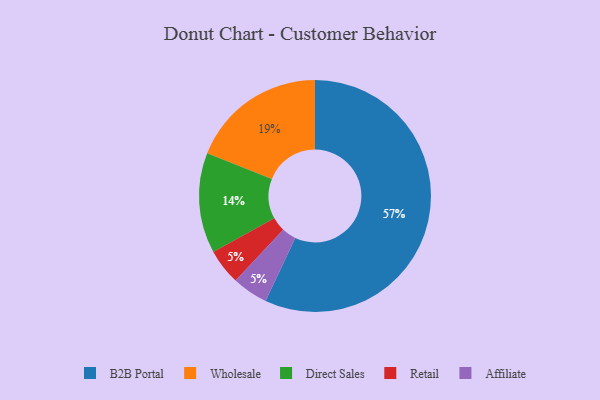
{"axis": {"x": "Category", "y": "Percentage"}, "legend": ["Affiliate", "B2B Portal", "Direct Sales", "Retail", "Wholesale"], "data": [{"x": "Wholesale", "y": 19, "type": "Wholesale"}, {"x": "Retail", "y": 5, "type": "Retail"}, {"x": "B2B Portal", "y": 57, "type": "B2B Portal"}, {"x": "Direct Sales", "y": 14, "type": "Direct Sales"}, {"x": "Affiliate", "y": 5, "type": "Affiliate"}]}